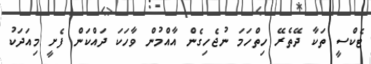
ޓެކްސީ ތަކާ ދޭތެރޭ ހިތްހަމަ ނުޖެހިގެން އާއްމުން ވާހަކަ ދައްކަން ފެށީ މިއަދަކު